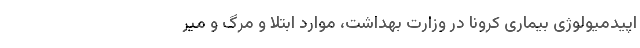
اپیدمیولوژی بیماری کرونا در وزارت بهداشت، موارد ابتلا و مرگ و میر